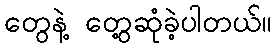
တွေနဲ့ တွေ့ဆုံခဲ့ပါတယ်။